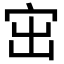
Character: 𡧨